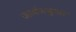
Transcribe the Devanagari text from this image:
ऊर्ध्वजत्रुगत